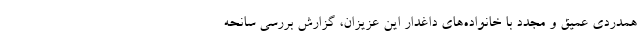
همدردی عمیق و مجدد با خانواده‌های داغدار این عزیزان، گزارش بررسی سانحه